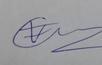
Signature authenticity: genuine